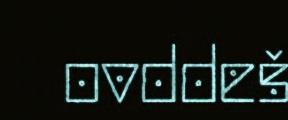
ovddeš